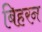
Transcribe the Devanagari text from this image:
बिहरन